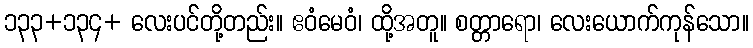
၁၃၃+၁၃၄+ လေးပင်တို့တည်း။ ဧဝံမေဝံ၊ ထို့အတူ။ စတ္တာရော၊ လေးယောက်ကုန်သော။